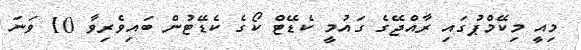
މިއީ މިކޭމްޕުގައި ރާއްޖޭގެ ގައުމީ ކެޑޭޓް ކޯގެ ކެޑޭޓުން ބައިވެރިވާ 10 ވަނަ